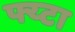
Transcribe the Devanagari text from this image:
फ्य्टा